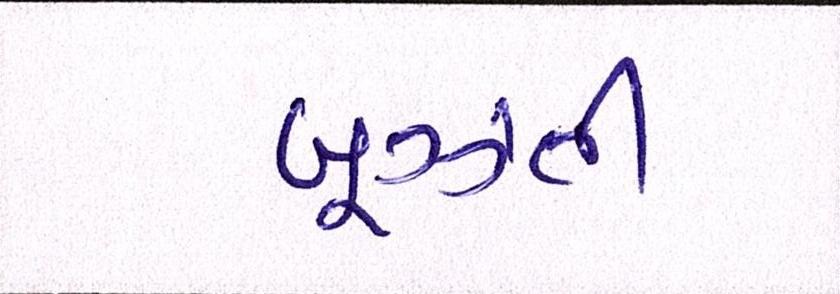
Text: બૂઝતી